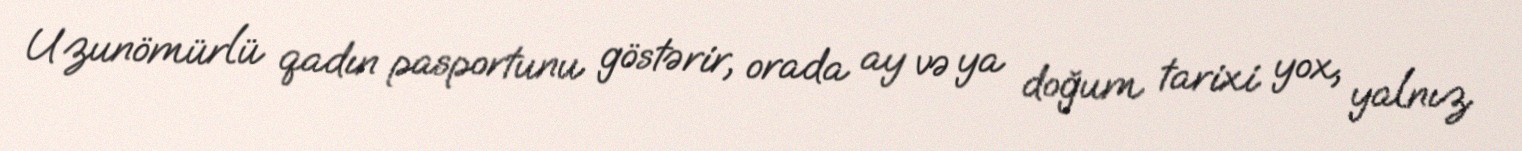
Uzunömürlü qadın pasportunu göstərir, orada ay və ya doğum tarixi yox, yalnız